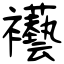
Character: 襼